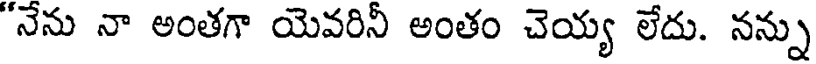
"నేను నా అంతగా యెవరినీ అంతం చెయ్య లేదు. నన్ను